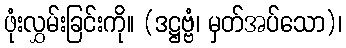
ဖုံးလွှမ်းခြင်းကို။ (ဒဋ္ဌဗ္ဗံ၊ မှတ်အပ်သော)၊